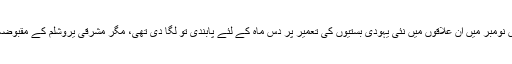
اسرائیلی حکومت نے امریکی دباؤ کے نتیجے میں گزشتہ برس نومبر میں ان علاقوں میں نئی یہودی بستیوں کی تعمیر پر دس ماہ کے لئے پابندی تو لگا دی تھی، مگر مشرقی یروشلم کے مقبوضہ عرب علاقے کو اس پابندی سے مستثنیٰ قرار دے دیا گیا تھا۔